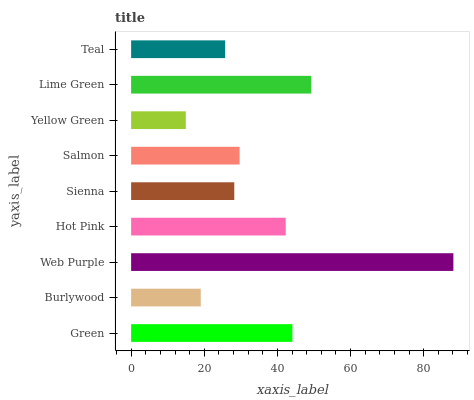
| yaxis_label | bars |
 | --- | --- |
 | Green | 44.1 |
 | Burlywood | 19 |
 | Web Purple | 88.1 |
 | Hot Pink | 42.3 |
 | Sienna | 28.2 |
 | Salmon | 29.7 |
 | Yellow Green | 15 |
 | Lime Green | 49.3 |
 | Teal | 25.7 |